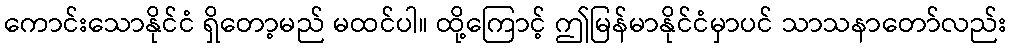
ကောင်းသောနိုင်ငံ ရှိတော့မည် မထင်ပါ။ ထို့ကြောင့် ဤမြန်မာနိုင်ငံမှာပင် သာသနာတော်လည်း